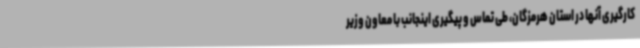
کارگیری آنها در استان هرمزگان، طی تماس و پیگیری اینجانب با معاون وزیر